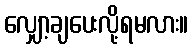
လျှော့ချပေးလို့ရမလား။